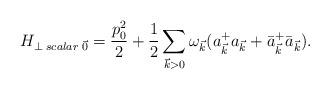
LaTeX: \begin{align*}H_{\perp \;scalar\;\vec{0}} = \frac{p_{0}^{2}}{2}+\frac{1}{2}\sum_{\vec{k}>0}\omega_{\vec{k}}(a_{\vec{k}}^{+}a_{\vec{k}} + \bar{a}_{\vec{k}}^{+}\bar{a}_{\vec{k}}).\end{align*}